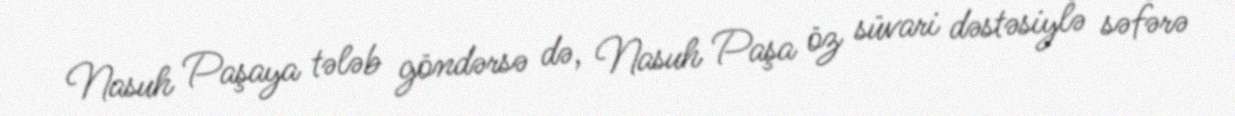
Nasuh Paşaya tələb göndərsə də, Nasuh Paşa öz süvari dəstəsiylə səfərə